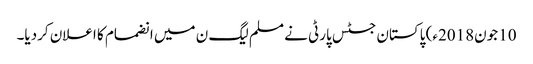
10 جون2018ء) پاکستان جسٹس پارٹی نے مسلم لیگ ن میں انضمام کا اعلان کردیا۔